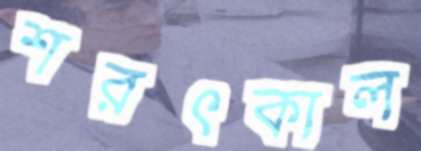
শরৎকাল